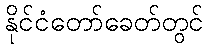
နိုင်ငံတော်ခေတ်တွင်